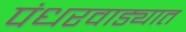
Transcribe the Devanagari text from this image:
पंधरवाड्यात